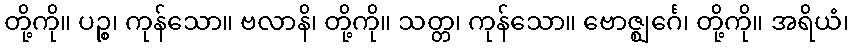
တို့ကို။ ပဉ္စ၊ ကုန်သော။ ဗလာနိ၊ တို့ကို။ သတ္တ၊ ကုန်သော။ ဗောဇ္ဈင်္ဂေ၊ တို့ကို။ အရိယံ၊